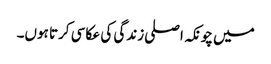
میں چونکہ اصلی زندگی کی عکاسی کرتا ہوں۔